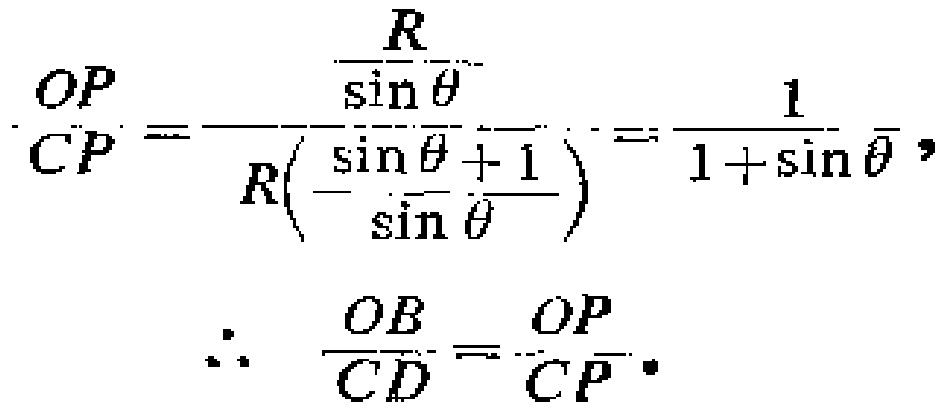
\[
\frac{OP}{CP}=\frac{\frac{R}{\sin\theta}}{R\left(\frac{\sin\theta + 1}{\sin\theta}\right)}=\frac{1}{1 + \sin\theta},
\]
\[
\therefore\quad\frac{OB}{CD}=\frac{OP}{CP}.
\]